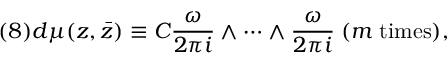
( 8 ) d \mu ( z , \bar { z } ) \equiv C \frac { \omega } { 2 \pi i } \wedge \cdots \wedge \frac { \omega } { 2 \pi i } \; ( m \; \mathrm { t i m e s } ) ,